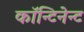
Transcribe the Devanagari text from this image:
कॉन्टिनेन्ट